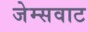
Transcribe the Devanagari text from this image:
जेम्सवाट